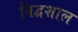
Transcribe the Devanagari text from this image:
विद्वशाल